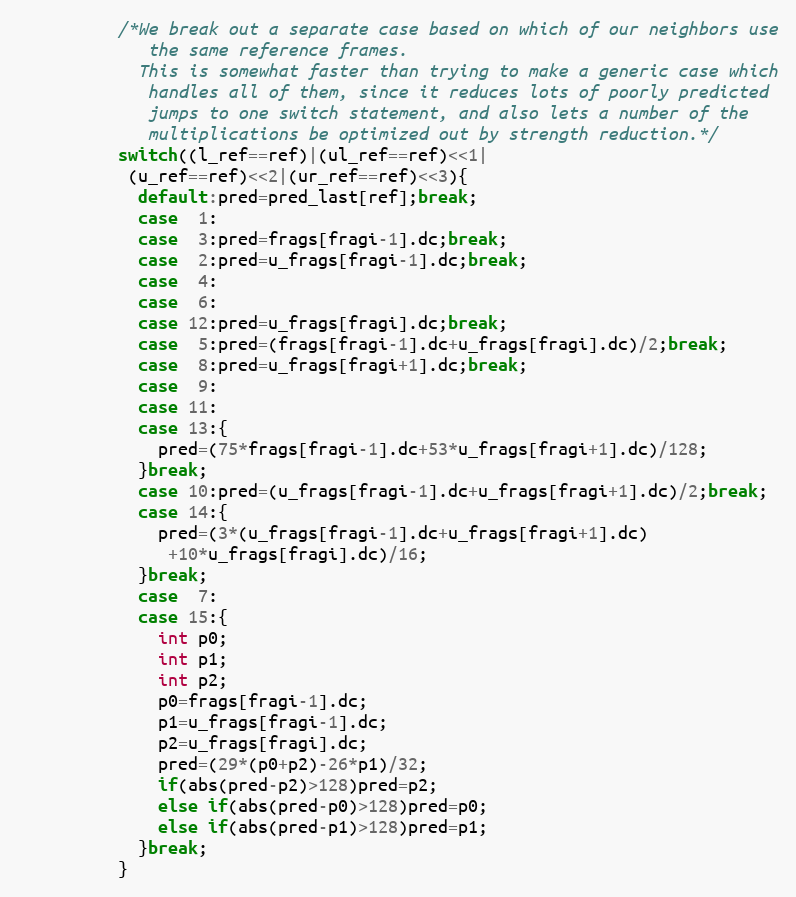
Language: C
          /*We break out a separate case based on which of our neighbors use
             the same reference frames.
            This is somewhat faster than trying to make a generic case which
             handles all of them, since it reduces lots of poorly predicted
             jumps to one switch statement, and also lets a number of the
             multiplications be optimized out by strength reduction.*/
          switch((l_ref==ref)|(ul_ref==ref)<<1|
           (u_ref==ref)<<2|(ur_ref==ref)<<3){
            default:pred=pred_last[ref];break;
            case  1:
            case  3:pred=frags[fragi-1].dc;break;
            case  2:pred=u_frags[fragi-1].dc;break;
            case  4:
            case  6:
            case 12:pred=u_frags[fragi].dc;break;
            case  5:pred=(frags[fragi-1].dc+u_frags[fragi].dc)/2;break;
            case  8:pred=u_frags[fragi+1].dc;break;
            case  9:
            case 11:
            case 13:{
              pred=(75*frags[fragi-1].dc+53*u_frags[fragi+1].dc)/128;
            }break;
            case 10:pred=(u_frags[fragi-1].dc+u_frags[fragi+1].dc)/2;break;
            case 14:{
              pred=(3*(u_frags[fragi-1].dc+u_frags[fragi+1].dc)
               +10*u_frags[fragi].dc)/16;
            }break;
            case  7:
            case 15:{
              int p0;
              int p1;
              int p2;
              p0=frags[fragi-1].dc;
              p1=u_frags[fragi-1].dc;
              p2=u_frags[fragi].dc;
              pred=(29*(p0+p2)-26*p1)/32;
              if(abs(pred-p2)>128)pred=p2;
              else if(abs(pred-p0)>128)pred=p0;
              else if(abs(pred-p1)>128)pred=p1;
            }break;
          }